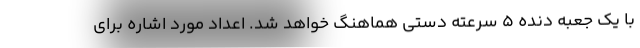
با یک جعبه دنده 5 سرعته دستی هماهنگ خواهد شد. اعداد مورد اشاره برای